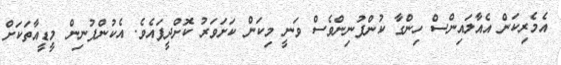
އެމެރިކަން އެއާލައިންސް ހިންގާ ކުންފުނިންވެސް ވަނީ މިކަން ކަށަވަރު ކޮށްދީފައެވެ. އެކުންފުނިން މީޑީއާތަކަށް